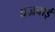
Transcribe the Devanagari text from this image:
वज्रबाई